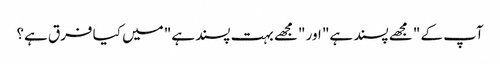
آپ کے "مجھے پسند ہے" اور "مجھے بہت پسند ہے" میں کیا فرق ہے؟